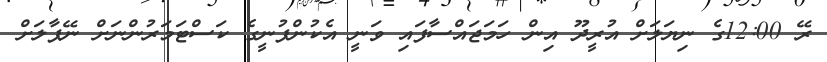
ރޭ 12:00ގެ ނިޔަލަށް އުރީދޫ އިން ހަމަޖައްސާފައި ވަނީ އެކުންފުނީގެ ކަސްޓަމަރުންނަށް ނޭޕާލަށް